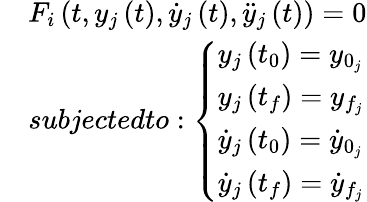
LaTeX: \begin{array}{rl}&{{{F}_{i}}\left(t,{{y}_{j}}\left(t\right),{{{\dot{y}}}_{j}}\left(t\right),{{{\ddot{y}}}_{j}}\left(t\right)\right)=0}\\ &{\textit{subjectedto}:\left\{ \begin{array}{l}{{{y}_{j}}\left({{t}_{0}}\right)={{y}_{{{0}_{j}}}}}\\ {{{y}_{j}}\left({{t}_{f}}\right)={{y}_{{{f}_{j}}}}}\\ {{{{\dot{y}}}_{j}}\left({{t}_{0}}\right)={{{\dot{y}}}_{{{0}_{j}}}}}\\ {{{{\dot{y}}}_{j}}\left({{t}_{f}}\right)={{{\dot{y}}}_{{{f}_{j}}}}}\end{array}\right.}\end{array}